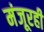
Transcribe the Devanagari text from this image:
मंजूरही